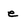
Character: e